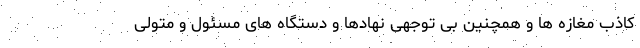
کاذب مغازه ها و همچنین بی توجهی نهادها و دستگاه های مسئول و متولی